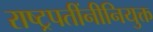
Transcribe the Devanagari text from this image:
राष्ट्रपतींनीनियुक्त